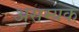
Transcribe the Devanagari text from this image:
असम्यक